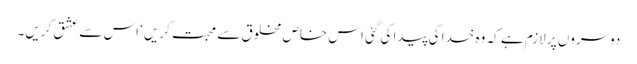
دوسروں پر لازم ہے کہ وہ خدا کی پیدا کی گئی اس خاص مخلوق سے محبت کریں‘ اس سے عشق کریں۔